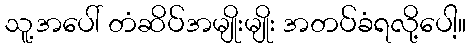
သူ့အပေါ် တံဆိပ်အမျိုးမျိုး အတပ်ခံရလို့ပေါ့။